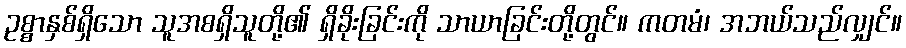
ဥစ္စာနှစ်ရှိသော သူအစရှိသူတို့၏ ရှိခိုးခြင်းကို သာယာခြင်းတို့တွင်။ ကတမံ၊ အဘယ်သည်လျှင်။